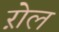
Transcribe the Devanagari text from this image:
ऱोल